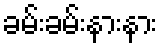
ခမ်းခမ်းနားနား